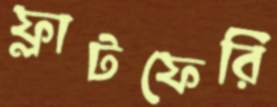
ফ্লাটফেরি